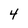
Character: 4